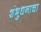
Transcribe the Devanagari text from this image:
शंभुधनाचा